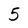
Character: 5